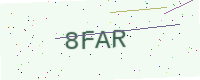
Text: 8FAR